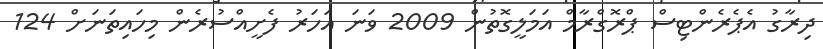
ދިރާގު އެޕެރެންޓިސް ޕްރޮގްރާމް އަމަލީގޮތުން 2009 ވަނަ އަހަރު ފެށީއްސުރެން މިހައިތަނަށް 124